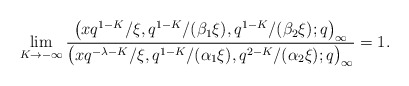
\begin{align*}\lim_{K \to -\infty} \frac{\big(x q^{1-K}/\xi, q^{1-K}/(\beta_1 \xi ), q^{1-K}/(\beta_2 \xi ) ;q\big)_{\infty}}{\big(x q^{-\lambda -K} / \xi, q^{1-K}/(\alpha_1 \xi ), q^{2-K}/(\alpha_2 \xi ) ;q\big)_{\infty}} = 1.\end{align*}